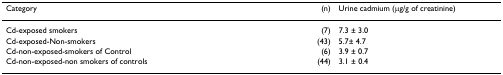
| Category | (n) | Urine cadmium (μg/g of creatinine) |
 | --- | --- | --- |
 | Cd-exposed smokers | (7) | 7.3 ± 3.0 |
 | Cd-exposed-Non-smokers | (43) | 5.7± 4.7 |
 | Cd-non-exposed-smokers of Control | (6) | 3.9 ± 0.7 |
 | Cd-non-exposed-non smokers of controls | (44) | 3.1 ± 0.4 |